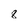
Character: 8